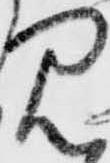
見